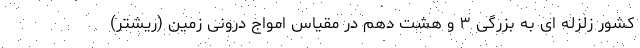
کشور زلزله ای به بزرگی ۳ و هشت دهم در مقیاس امواج درونی زمین (ریشتر)